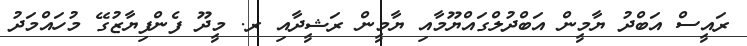
ރައީސް އަބްދު ޔާމީން އަބްދުލްގައްޔޫމާއި ޔާމީން ރަޝީދާއި ރ. މީދޫ ފެންފިޔާޒުގޭ މުހައްމަދު